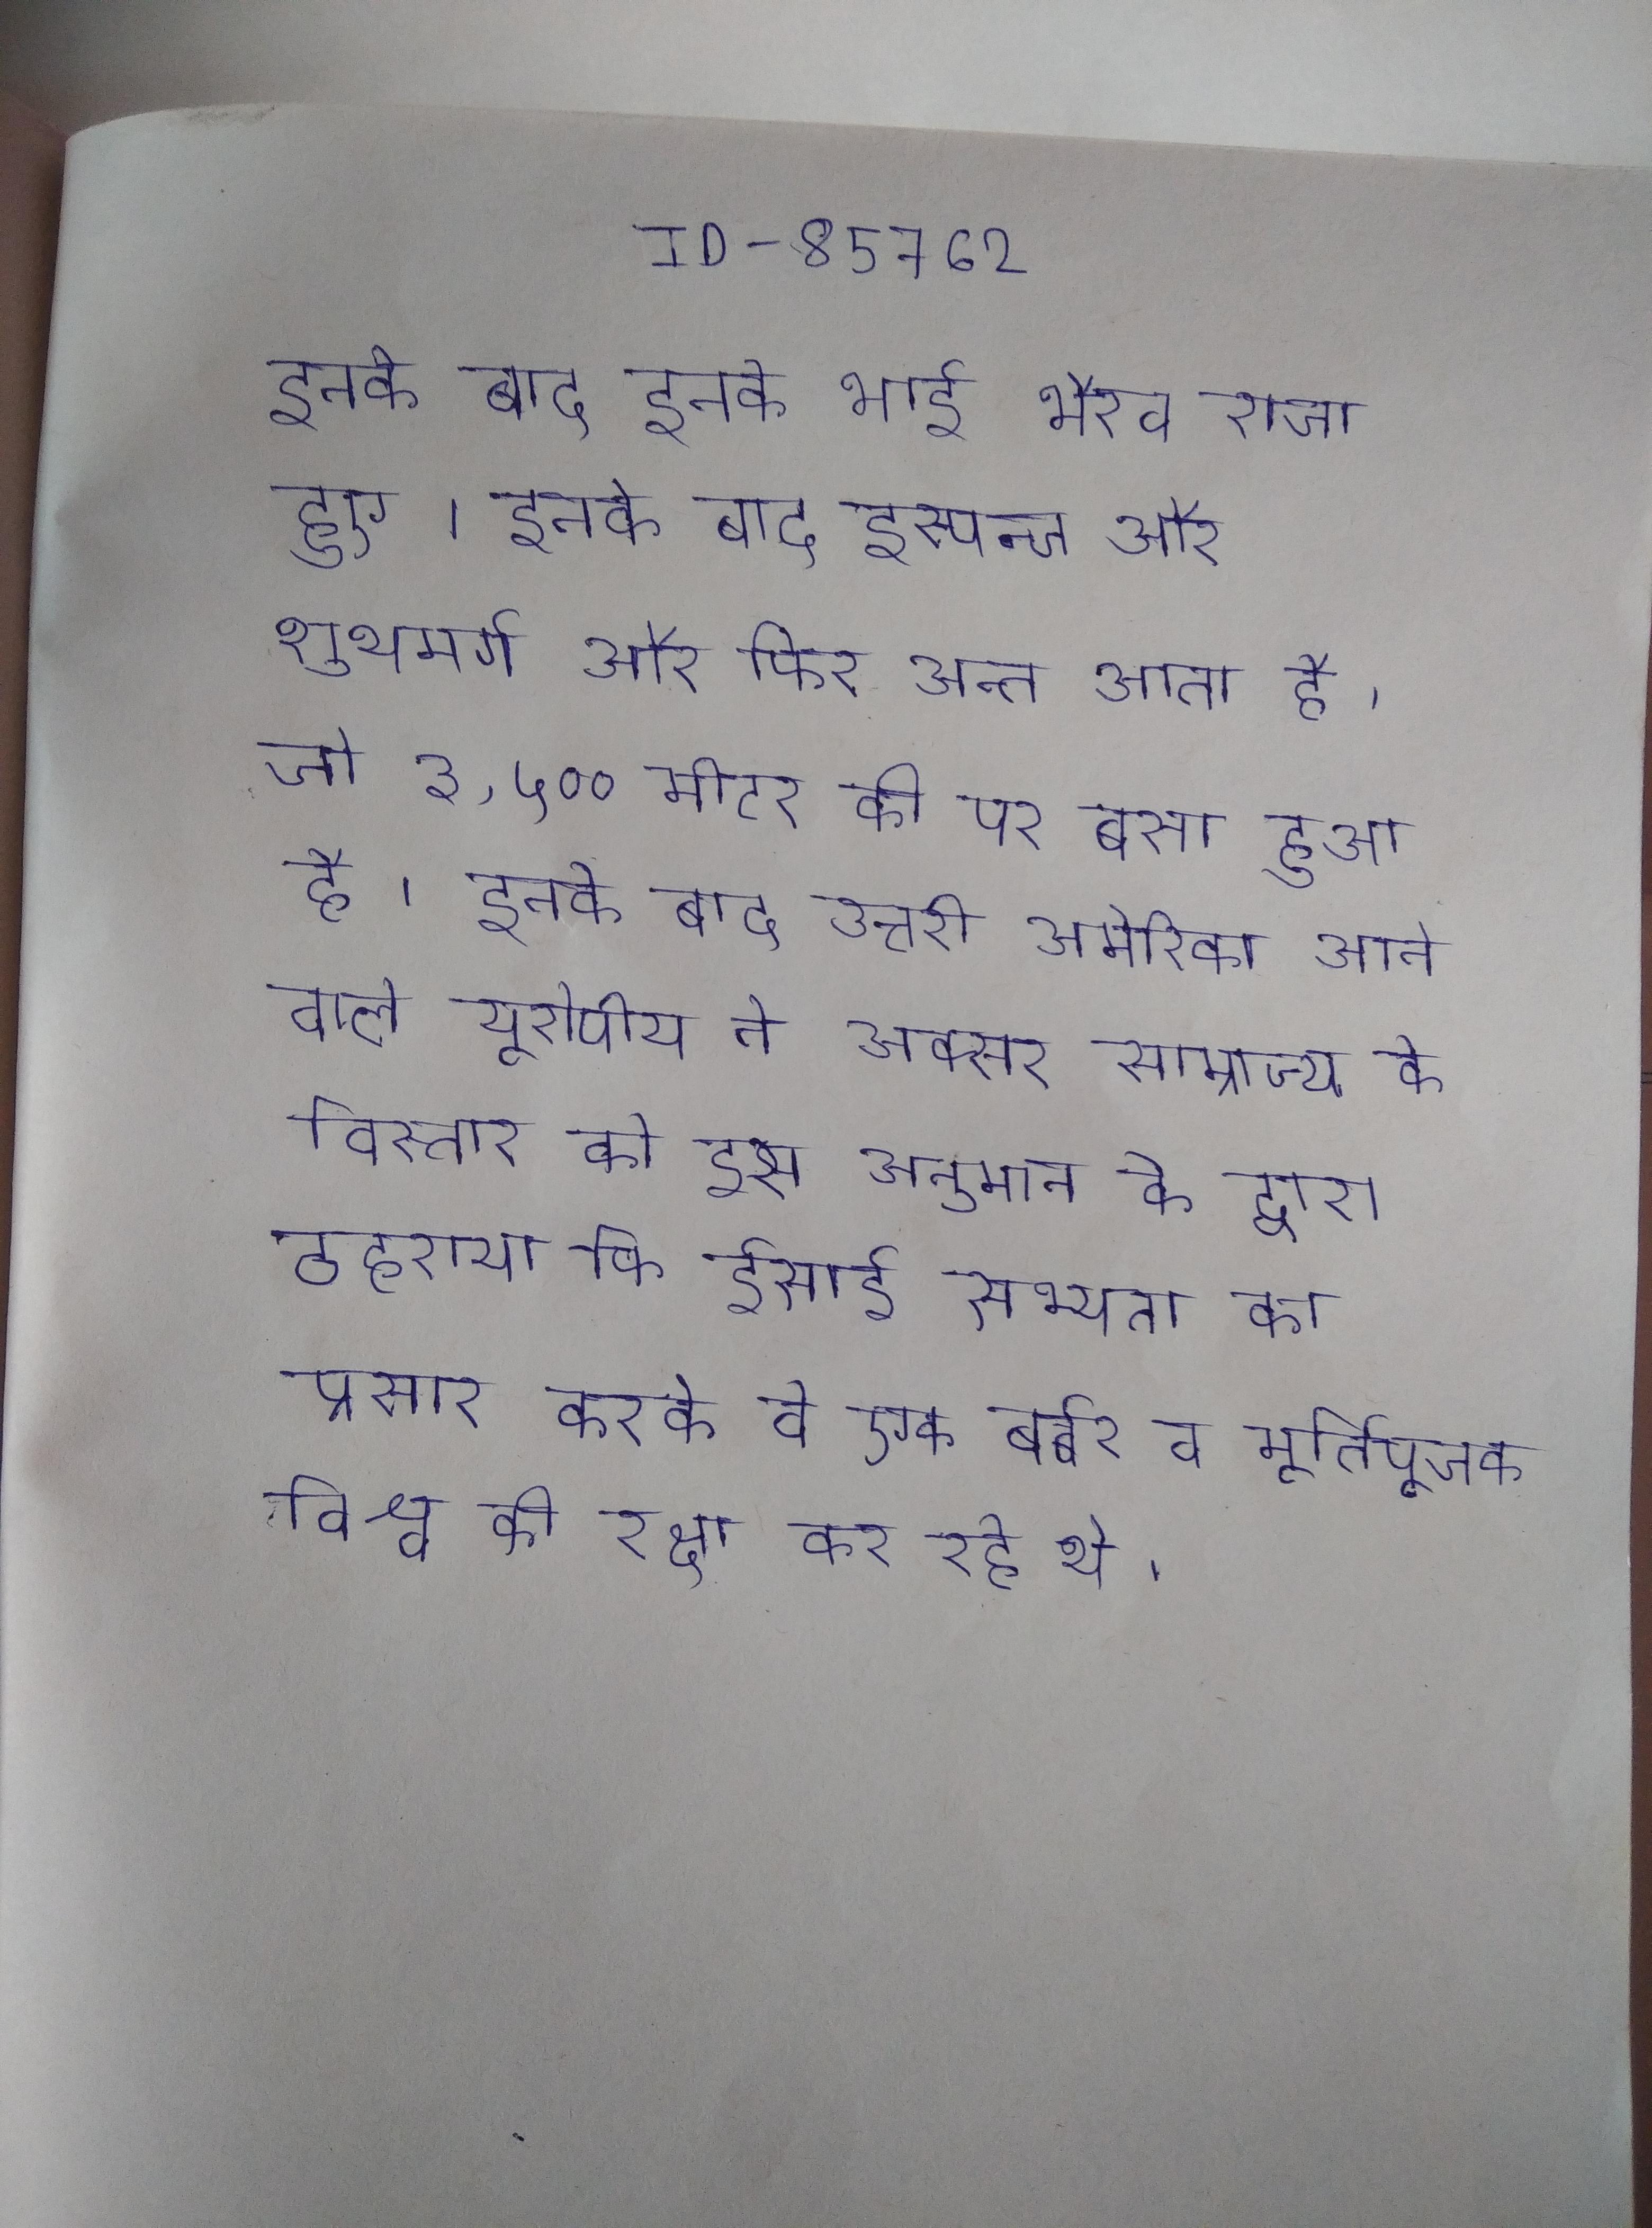
इनके बाद इनके भाई भैरव राजा हुए । इनके बाद इस्पन्ज और शुथमर्ग और फिर अन्त आता है, जो ३,५०० मीटर की पर बसा हुआ है । इनके बाद उत्तरी अमेरिका आने वाले यूरोपीय ने अक्सर साम्राज्य के विस्तार को इस अनुमान के द्वारा ठहराया कि ईसाई सभ्यता का प्रसार करके वे एक बर्बर व मूर्तिपूजक विश्व की रक्षा कर रहे थे ।